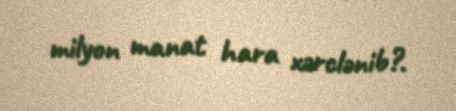
milyon manat hara xərclənib?.